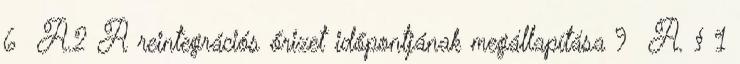
6 A.2 A reintegrációs őrizet időpontjának megállapítása 9 A. § 1